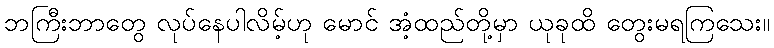
ဘကြီးဘာတွေ လုပ်နေပါလိမ့်ဟု မောင် အံ့ထည်တို့မှာ ယုခုထိ တွေးမရကြသေး။